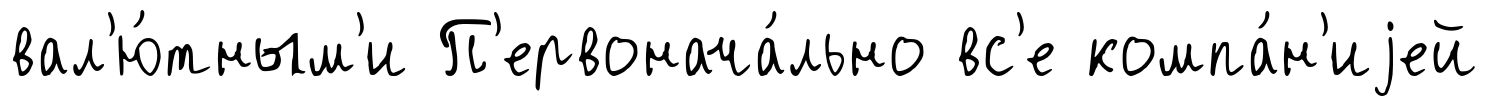
вал'ю́тным'и П'ервонача́льно вс'е компа́н'иjей